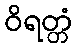
ဝိရတ္တံ